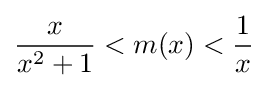
{\frac {x}{x^{2}+1}}<m(x)<{\frac {1}{x}}